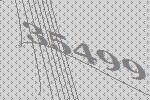
35499